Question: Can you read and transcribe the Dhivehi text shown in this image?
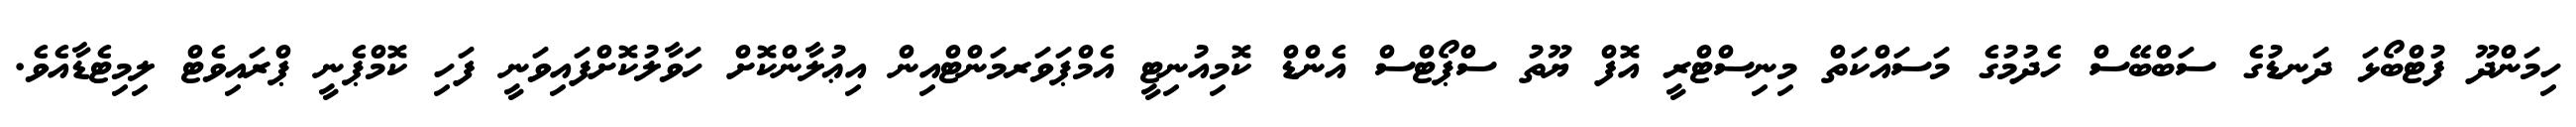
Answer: ހިމަންދޫ ފުޓްބޯޅަ ދަނޑުގެ ސަބްބޭސް ހެދުމުގެ މަސައްކަތް މިނިސްޓްރީ އޮފް ޔޫތު ސްޕޯޓްސް އެންޑް ކޮމިއުނިޓީ އެމްޕަވަރމަންޓްއިން އިޢުލާންކޮށް ހަވާލުކޮށްފައިވަނީ ފަހި ކޮމްޕެނީ ޕްރައިވެޓް ލިމިޓެޑާއެވެ.